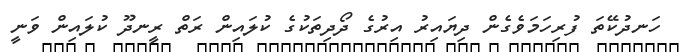
ހަނދުކޭތަ ފުރިހަމަވެގެން ދިޔައިރު އިރުގެ ދޯދިތަކުގެ ކުލައިން ރަތް ރީނދޫ ކުލައިން ވަނީ